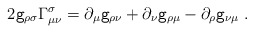
\begin{align*}2{\tt g}_{\rho \sigma }\Gamma _{\mu \nu }^\sigma =\partial _\mu {\tt g}_{\rho \nu }+\partial _\nu {\tt g}_{\rho \mu }-\partial _\rho {\tt g}_{\nu\mu }\;. \end{align*}